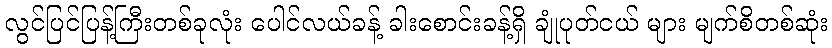
လွင်ပြင်ပြန့်ကြီးတစ်ခုလုံး ပေါင်လယ်ခန့် ခါးစောင်းခန့်ရှိ ချုံပုတ်ငယ် များ မျက်စိတစ်ဆုံး